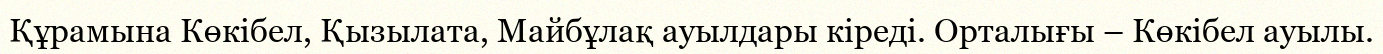
Құрамына Көкібел, Қызылата, Майбұлақ ауылдары кіреді. Орталығы – Көкібел ауылы.